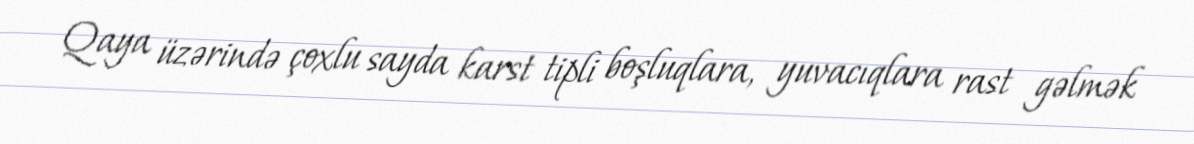
Qaya üzərində çoxlu sayda karst tipli boşluqlara, yuvacıqlara rast gəlmək